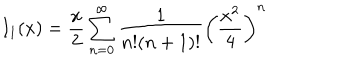
LaTeX: I _ { 1 } ( x ) = \frac { x } { 2 } \sum _ { n = 0 } ^ { \infty } \frac { 1 } { n ! ( n + 1 ) ! } \left( \frac { x ^ { 2 } } { 4 } \right) ^ { n }